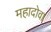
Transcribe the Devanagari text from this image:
महादोवा